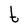
Character: t